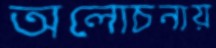
অলোচনায়